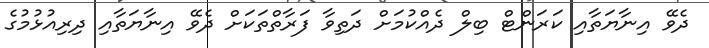
ދެވޭ އިނާޔަތާއި ކަރަންޓް ބިލް ދެއްކުމަށް ދަތިވާ ފަރާތްތަކަށް ދެވޭ އިނާޔަތާއި ދިރިއުޅުމުގެ